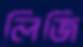
লিজি